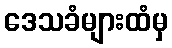
ဒေသခံများထံမှ